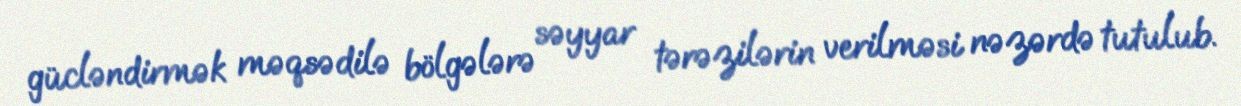
gücləndirmək məqsədilə bölgələrə səyyar tərəzilərin verilməsi nəzərdə tutulub.